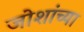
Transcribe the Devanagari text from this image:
जोशांच्या